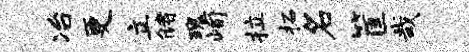
冶更立储瑰峋拉柘名筐哉